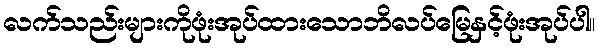
လက်သည်းများကိုဖုံးအုပ်ထားသောဘိလပ်မြေနှင့်ဖုံးအုပ်ပါ။